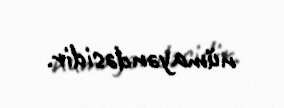
nümayəndəsidir.